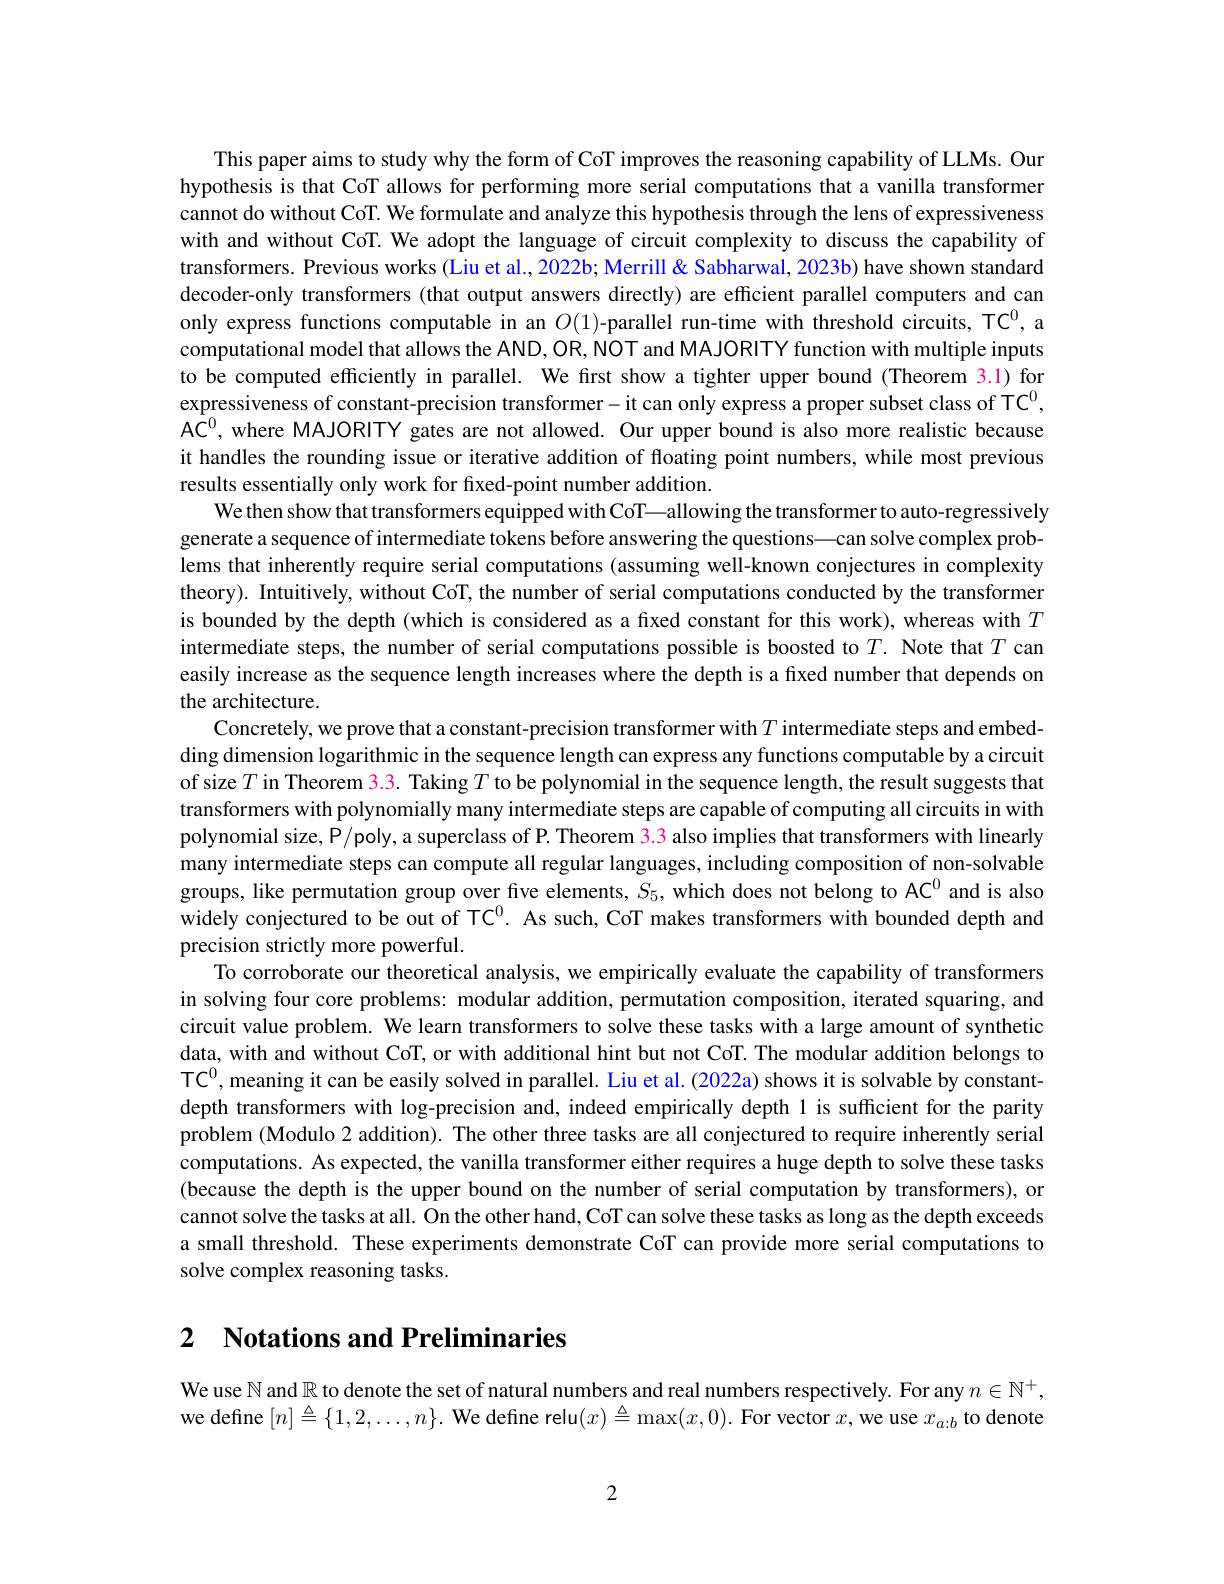
This paper aims to study why the form of CoT improves the reasoning capability of LLMs. Our hypothesis is that CoT allows for performing more serial computations that a vanilla transformer cannot do without CoT. We formulate and analyze this hypothesis through the lens of expressiveness with and without CoT. We adopt the language of circuit complexity to discuss the capability of transformers. Previous works (Liu et al., 2022b; Merrill & Sabharwal, 2023b) have shown standard decoder-only transformers (that output answers directly) are efficient parallel computers and can only express functions computable in an $O$(1)-parallel run-time with threshold circuits, TC$^{0}$,a computational model that allows the AND, OR, NOT and MAJORITY function with multiple inputs to be computed efficiently in parallel. We first show a tighter upper bound (Theorem 3.1) for expressiveness of constant-precision transformer-it can only express a proper subset class of TC$^0$, A$\hat{\mathbb{C}}^0$, where MAJORITY gates are not allowed. Our upper bound is also more realistic because it handles the rounding issue or iterative addition of floating point numbers, while most previous results essentially only work for frxed-point number addition.
We then show that transformers equipped with CoT—allowing the transformer to auto-regressively generate a sequence of intermediate tokens before answering the questions—can solve complex problems that inherently require serial computations (assuming well-known conjectures in complexity theory). Intuitively, without CoT, the number of serial computations conducted by the transformer is bounded by the depth (which is considered as a fixed constant for this work), whereas with $T$ intermediate steps, the number of serial computations possible is boosted to $T.$ Note that $T$ can easily increase as the sequence length increases where the depth is a fixed number that depends on the architecture.
Concretely, we prove that a constant-precision transformer with $T$ intermediate steps and embedding dimension logarithmic in the sequence length can express any functions computable by a circuit of size $T$ in Theorem 3.3. Taking $T$ to be polynomial in the sequence length, the result suggests that transformers with polynomially many intermediate steps are capable of computing all circuits in with polynomial size, P/poly, a superclass of P. Theorem $\color{red}{3.3}$ also implies that transformers with linearly many intermediate steps can compute all regular languages, including composition of non-solvable groups, like permutation group over five elements, $S_5$, which does not belong to AC$^{0}$ and is also widely conjectured to be out of TC$^{0}$. As such, CoT makes transformers with bounded depth and precision strictly more powerful.
To corroborate our theoretical analysis, we empirically evaluate the capability of transformers in solving four core problems: modular addition, permutation composition, iterated squaring, and circuit value problem. We learn transformers to solve these tasks with a large amount of synthetic data, with and without CoT, or with additional hint but not CoT. The modular addition belongs to TC$^{0}$, meaning it can be easily solved in parallel. Liu et al. (2022a) shows it is solvable by constantdepth transformers with log-precision and, indeed empirically depth l is sufficient for the parity problem (Modulo 2 addition). The other three tasks are all conjectured to require inherently serial computations. As expected, the vanilla transformer either requires a huge depth to solve these tasks (because the depth is the upper bound on the number of serial computation by transformers), or cannot solve the tasks at all. On the other hand, CoT can solve these tasks as long as the depth exceeds a small threshold. These experiments demonstrate CoT can provide more serial computations to solve complex reasoning tasks.

# 2 $\textbf{Notations and Preliminaries}$

We use $\mathbb{N}$ and $\mathbb{R}$ to denote the set of natural numbers and real numbers respectively. For any $n\in\mathbb{N}^+$, we define $[ n] \triangleq \{ 1, 2, \ldots , n\} . \textbf{ We define relu}( x) \triangleq \max ( x, 0) .$ For vector $x$,we use $x_a:b$ to denote

2